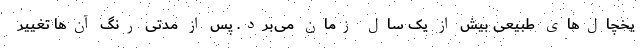
یخچال‌های طبیعی بیش از یک سال زمان می‌برد. پس از مدتی رنگ آن‌ها تغییر